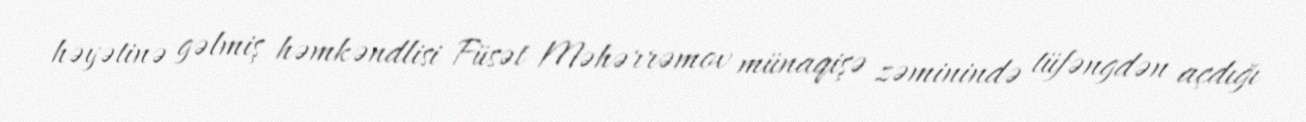
həyətinə gəlmiş həmkəndlisi Füsət Məhərrəmov münaqişə zəminində tüfəngdən açdığı